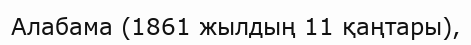
Алабама (1861 жылдың 11 қаңтары),